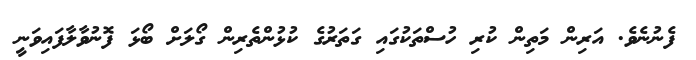
ފެނުނެވެ. އަރިން މަތިން ކުރި ހުސްތަކުގައި ގަތަރުގެ ކުޅުންތެރިން ގޯލަށް ބޯޅަ ފޮނުވާލާފައިވަނީ